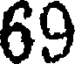
69